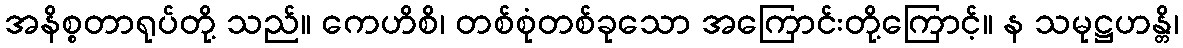
အနိစ္စတာရုပ်တို့ သည်။ ကေဟိစိ၊ တစ်စုံတစ်ခုသော အကြောင်းတို့ကြောင့်။ န သမုဋ္ဌဟန္တိ၊